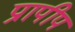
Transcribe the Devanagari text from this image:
प्रापीप